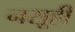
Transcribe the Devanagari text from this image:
नसूही